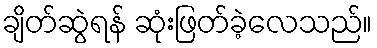
ချိတ်ဆွဲရန် ဆုံးဖြတ်ခဲ့လေသည်။